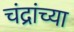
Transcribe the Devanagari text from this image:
चंद्रांच्या